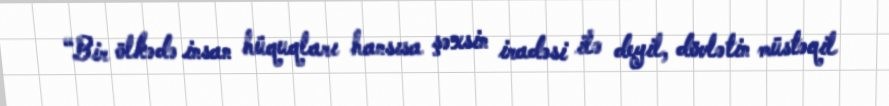
“Bir ölkədə insan hüquqları hansısa şəxsin iradəsi ilə deyil, dövlətin müstəqil